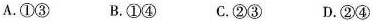
A.①③ B.①④ C.②③ D.②④